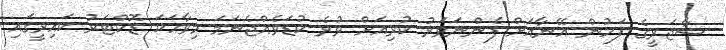
ސާޖަރީގެ ފަހުން އޭނާއަށް ފެންނަވަރު ކުރިއަށް ވުރެ ކުޑަވެއްޖެނަމަ މިވާހަކަ ޑޮކްޓަރު ކައިރީގައި